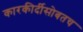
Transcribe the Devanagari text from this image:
कारकीर्दीसोबतच